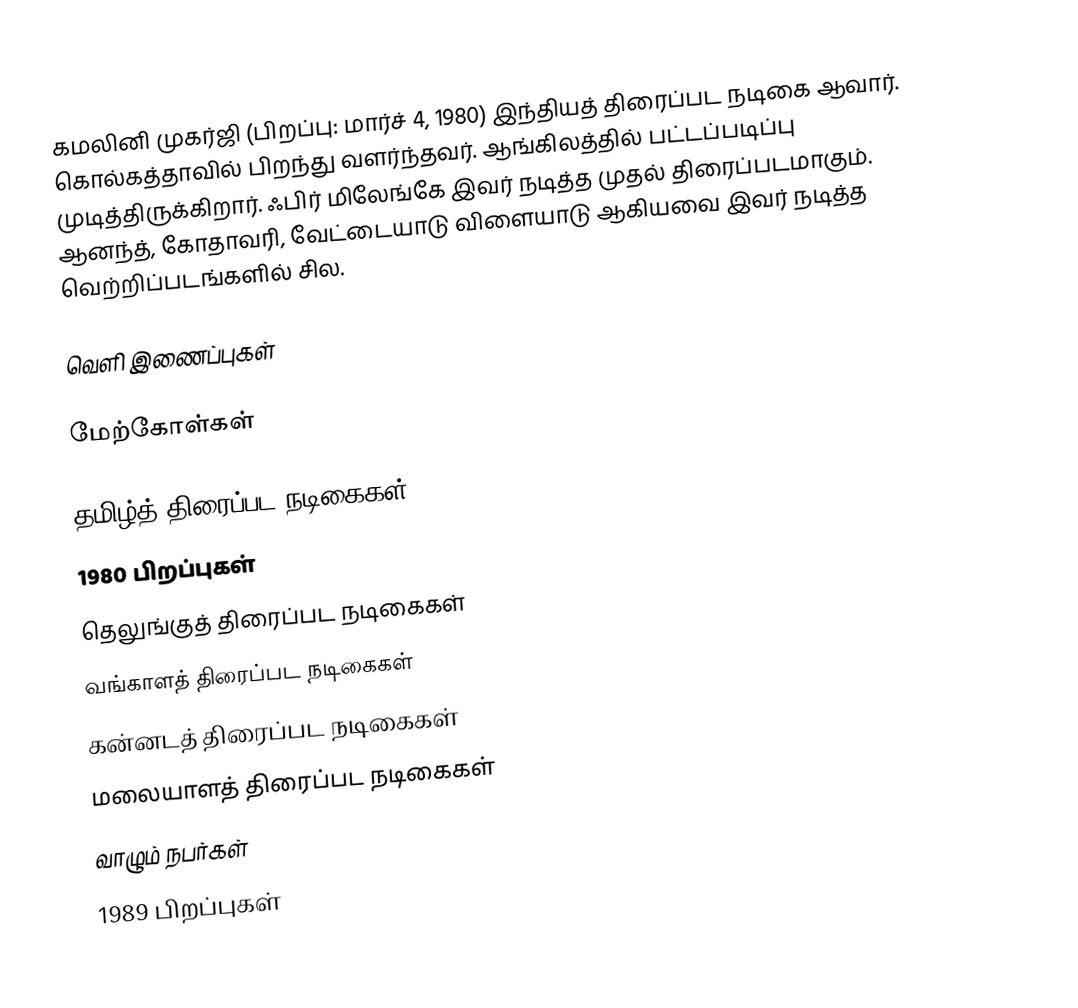
கமலினி முகர்ஜி (பிறப்பு: மார்ச் 4, 1980) இந்தியத் திரைப்பட நடிகை ஆவார். கொல்கத்தாவில் பிறந்து வளர்ந்தவர். ஆங்கிலத்தில் பட்டப்படிப்பு முடித்திருக்கிறார். ஃபிர் மிலேங்கே இவர் நடித்த முதல் திரைப்படமாகும். ஆனந்த், கோதாவரி, வேட்டையாடு விளையாடு ஆகியவை இவர் நடித்த வெற்றிப்படங்களில் சில.

வெளி இணைப்புகள்

மேற்கோள்கள்

தமிழ்த் திரைப்பட நடிகைகள்
1980 பிறப்புகள்
தெலுங்குத் திரைப்பட நடிகைகள்
வங்காளத் திரைப்பட நடிகைகள்
கன்னடத் திரைப்பட நடிகைகள்
மலையாளத் திரைப்பட நடிகைகள்
வாழும் நபர்கள்
1989 பிறப்புகள்